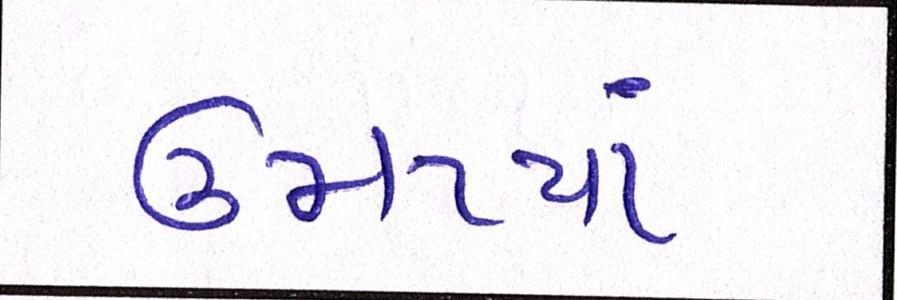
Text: ઉમટયાં